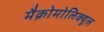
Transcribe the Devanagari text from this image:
मैक्रोमोलिक्यूल